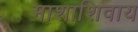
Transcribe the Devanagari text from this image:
माशाशिवाय